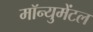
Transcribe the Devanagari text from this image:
मॉन्युमेंटल